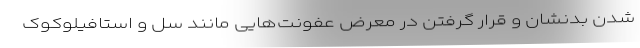
شدن بدنشان و قرار گرفتن در معرض عفونت‌هایی مانند سل و استافیلوکوک